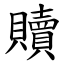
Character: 贖